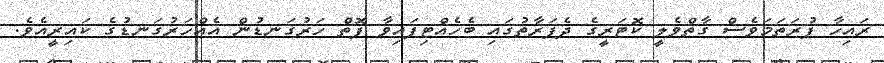
ރައިހާ ފުރަތަމަވެސް ގާތްވެލީ ކޮޓަރީގެ ދެފަރާތުގައި ބެހެއްޓިފައިވާ ފޮތް ހަރުގަނޑުން އެއްހަރުގަނޑުގެ ކައިރީއެވެ.